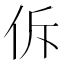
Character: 𪜲